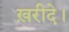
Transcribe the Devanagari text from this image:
ख़रीदे।